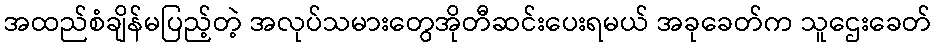
အထည်စံချိန်မပြည့်တဲ့ အလုပ်သမားတွေအိုတီဆင်းပေးရမယ် အခုခေတ်က သူဌေးခေတ်